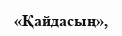
«Қайдасың»,